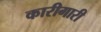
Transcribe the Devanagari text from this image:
कारीगारी